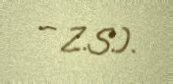
– Z.S.).